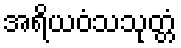
အရိယဝံသသုတ္တံ